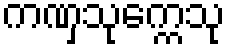
ကဏှသုက္ကေသု